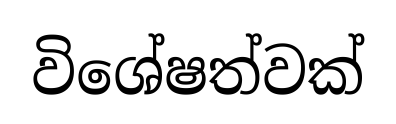
විශේෂත්වක්